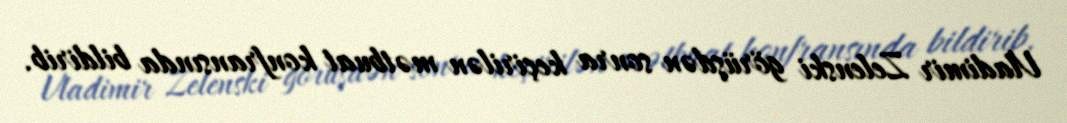
Vladimir Zelenski görüşdən sonra keçirilən mətbuat konfransında bildirib.